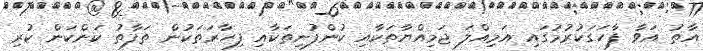
އާތު އަވާ ފާހަގަކުރުމުގައި އަމިއްލަ ޖަމިއްޔާތަކާއި ކުންފުނިތަކާއި ފިހާރަތަކުން ތަފާތު ކަންކަން ކުރި